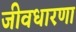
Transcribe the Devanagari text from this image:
जीवधारणा